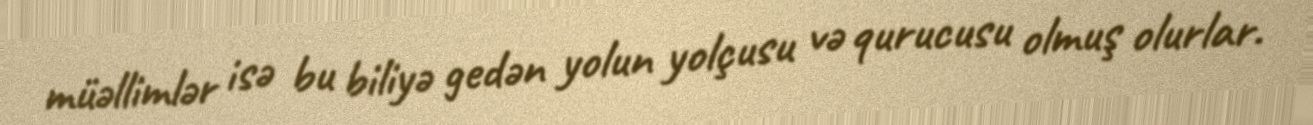
müəllimlər isə bu biliyə gedən yolun yolçusu və qurucusu olmuş olurlar.